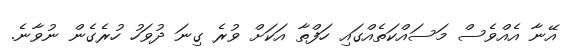
އޭނާ އެއްވެސް މަސައްކަތެއްގައި ހަފްތާ އަކަށް ވުރެ ގިނަ ދުވަހު ހުރެގެން ނުވާނެ.